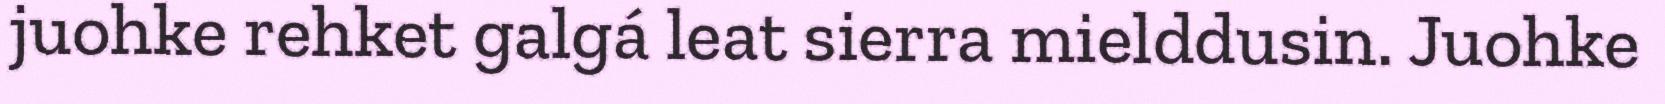
juohke rehket galgá leat sierra mielddusin. Juohke